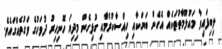
ލިބިފައިވާ މައުލޫމާތުތަކެއް އެހެން ބަޔަކާއި ހިއްސާކުރުމާއި ގުޅިގެން މިދިޔަ ހޮނިހިރު ދުވަހުގެ ވަގުތެއްގައެވެ.